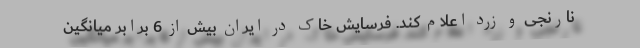
نارنجی و زرد اعلام کند. فرسایش خاک در ایران بیش از 6 برابر میانگین